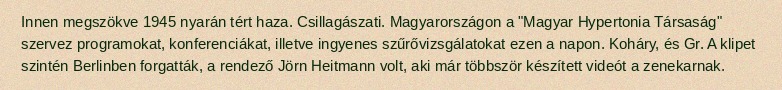
Innen megszökve 1945 nyarán tért haza. Csillagászati. Magyarországon a "Magyar Hypertonia Társaság" szervez programokat, konferenciákat, illetve ingyenes szűrővizsgálatokat ezen a napon. Koháry, és Gr. A klipet szintén Berlinben forgatták, a rendező Jörn Heitmann volt, aki már többször készített videót a zenekarnak.